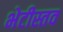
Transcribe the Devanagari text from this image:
भेटीस्तव